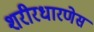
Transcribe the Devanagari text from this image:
शरीरधारणेस